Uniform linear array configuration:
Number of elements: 16
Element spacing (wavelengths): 0.5
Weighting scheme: kaiser
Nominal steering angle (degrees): -60
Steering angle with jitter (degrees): -61.527
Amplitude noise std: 0.05
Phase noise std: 0.05

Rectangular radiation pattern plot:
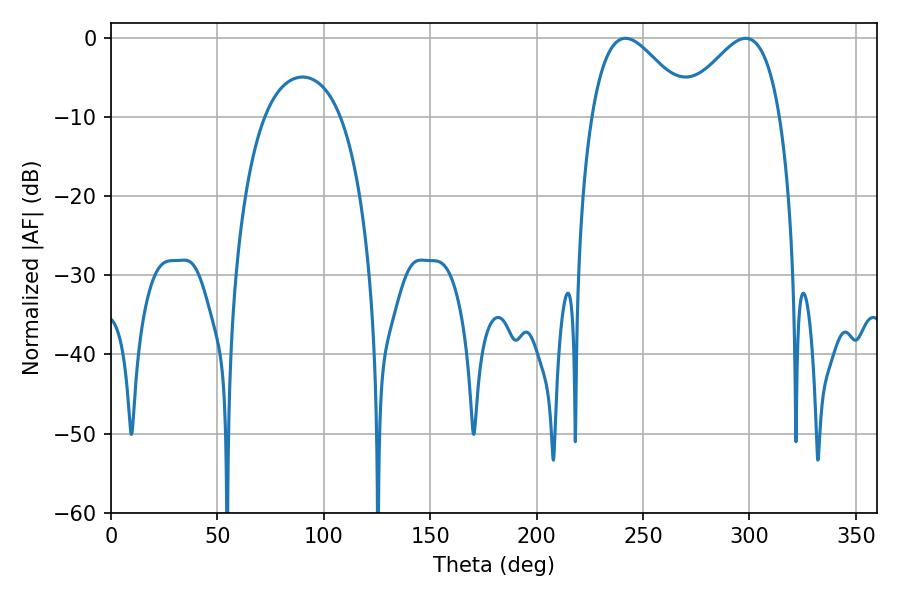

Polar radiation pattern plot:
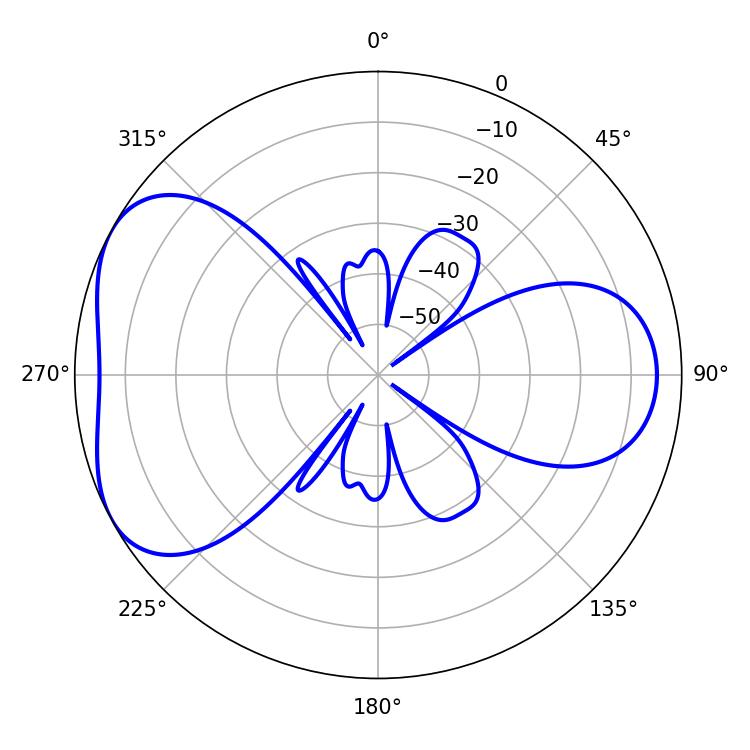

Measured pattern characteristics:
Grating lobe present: FALSE
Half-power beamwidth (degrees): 24.84
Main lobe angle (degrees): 241.74